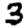
Digit: 3